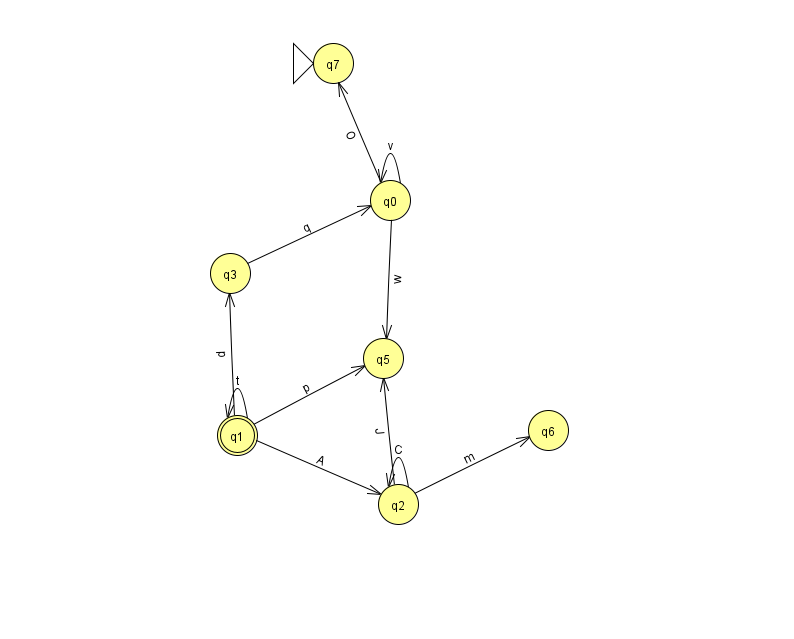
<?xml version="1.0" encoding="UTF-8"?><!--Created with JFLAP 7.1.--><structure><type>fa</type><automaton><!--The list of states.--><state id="0" name="q0"><x>390.0</x><y>187.0</y></state><state id="1" name="q1"><x>237.0</x><y>422.0</y><final/></state><state id="2" name="q2"><x>398.0</x><y>491.0</y></state><state id="3" name="q3"><x>230.0</x><y>260.0</y></state><state id="5" name="q5"><x>383.0</x><y>345.0</y></state><state id="6" name="q6"><x>548.0</x><y>417.0</y></state><state id="7" name="q7"><x>333.0</x><y>50.0</y><initial/></state><!--The list of transitions.--><transition><from>2</from><to>5</to><read>J</read></transition><transition><from>1</from><to>3</to><read>p</read></transition><transition><from>1</from><to>5</to><read>p</read></transition><transition><from>2</from><to>6</to><read>m</read></transition><transition><from>0</from><to>5</to><read>w</read></transition><transition><from>2</from><to>2</to><read>C</read></transition><transition><from>1</from><to>1</to><read>t</read></transition><transition><from>3</from><to>0</to><read>q</read></transition><transition><from>0</from><to>0</to><read>v</read></transition><transition><from>1</from><to>2</to><read>A</read></transition><transition><from>0</from><to>7</to><read>O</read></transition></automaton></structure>